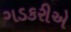
ગડકરીએ